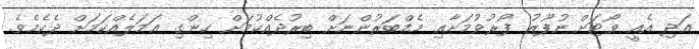
އަދި އެއީ ވޯޓަށް ނުފޫޒު ފޯރުވުމަށާއި މެމްބަރުންނަށް ބިރުދެއްކުމަށް ހިންގި ޢަމަލެއްކަމަށް ދެކެމެވެ.